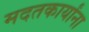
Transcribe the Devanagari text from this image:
मदतकार्यांना